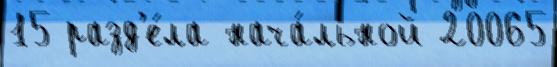
15 разд'е́ла нача́льной 20065